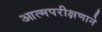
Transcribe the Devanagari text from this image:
आत्मपरीक्षणाने